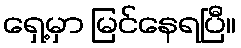
ရှေ့မှာ မြင်နေရပြီ။